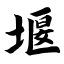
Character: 堰